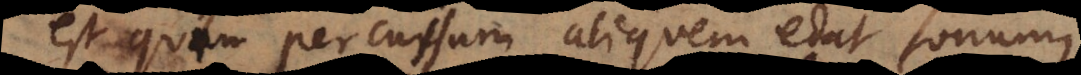
est quin percussum aliquem edat sonum,